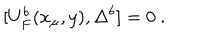
LaTeX: [ U _ { F } ^ { b } ( x _ { \mu } , y ) , \Delta ^ { b } ] = 0 ~ .